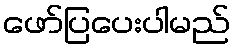
ဖော်ပြပေးပါမည်